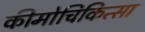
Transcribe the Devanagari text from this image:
कीमोचिकित्सा